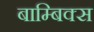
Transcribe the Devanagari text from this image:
बाम्बिक्स